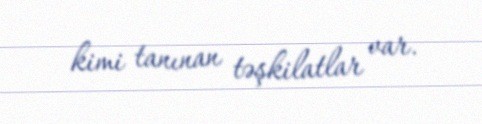
kimi tanınan təşkilatlar var.